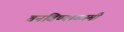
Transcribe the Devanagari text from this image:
बनविण्याकामी